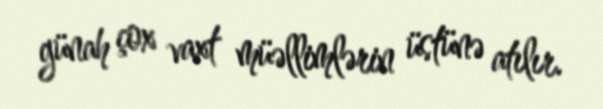
günah çox vaxt müəllimlərin üstünə atılır.